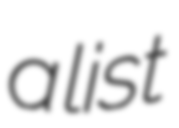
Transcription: a list